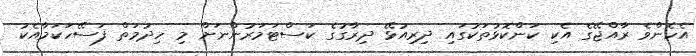
އެހެންވެ ރާއްޖޭގެ އެކި ކަންކޮޅުތަކުގައި ދިރިއުޅޭ ދިރާގުގެ ކަސްޓަމަރުންނަށް މި ހިދުމަތް ފަސޭހަކަމާއެކު